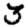
Digit: 3